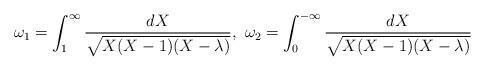
LaTeX: \begin{align*}\omega_1 = \int_{1}^{\infty}\frac{dX}{\sqrt{X(X-1)(X-\lambda)}}, ~ \omega_2 = \int_{0}^{-\infty}\frac{dX}{\sqrt{X(X-1)(X-\lambda)}}\end{align*}